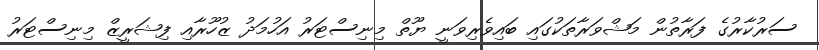
ސަރުކާރުގެ ފަރާތުން މަޝްވަރާތަކުގައި ބައިވެރިވަނީ ޔޫތް މިނިސްޓަރު އަހުމަދު ޒުހޫރާއި ފިޝަރީޒް މިނިސްޓަރު